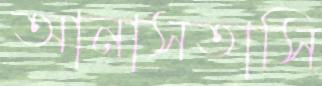
আনাসতাসি